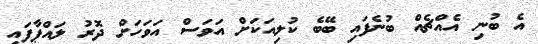
އެ ބުނި އެއްޗެއް ބުނެފައި ބޭބެ ކުލިއަކަށް އަވަސް އަވަހަށް ދޮރު ލައްޕާފައި